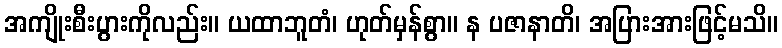
အကျိုးစီးပွားကိုလည်း။ ယထာဘူတံ၊ ဟုတ်မှန်စွာ။ န ပဇာနာတိ၊ အပြားအားဖြင့်မသိ။